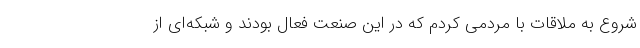
شروع به ملاقات با مردمی کردم که در این صنعت فعال بودند و شبکه‌ای از